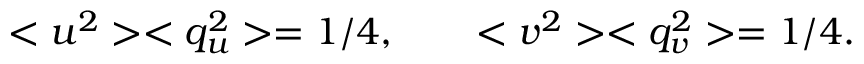
< u ^ { 2 } > < q _ { u } ^ { 2 } > = 1 / 4 , \qquad < v ^ { 2 } > < q _ { v } ^ { 2 } > = 1 / 4 .